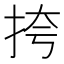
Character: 挎